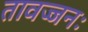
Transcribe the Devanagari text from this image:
तावज्जनः